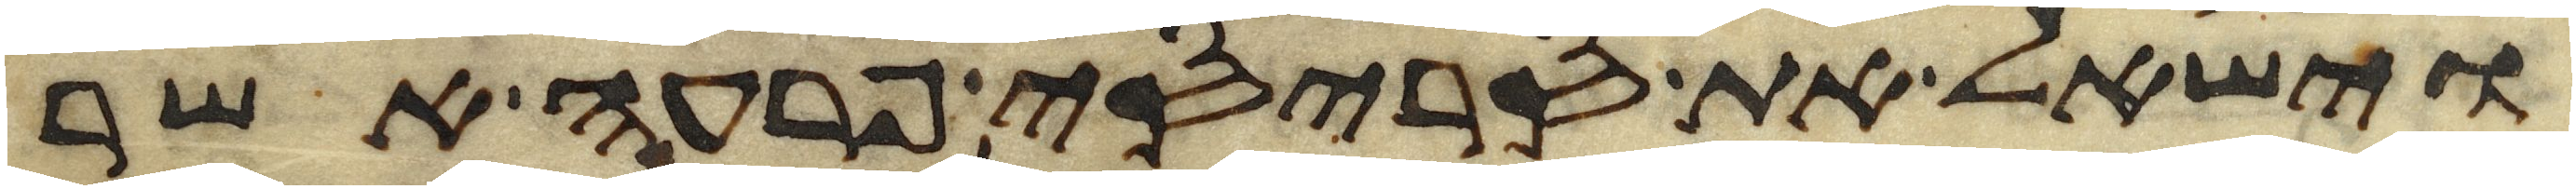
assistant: וישאל את סריסי פרעה אשר